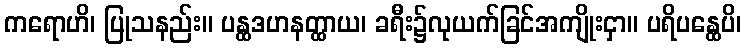
ကရောဟိ၊ ပြုသနည်း။ ပန္ထဒဟနတ္ထာယ၊ ခရီး၌လုယက်ခြင်အကျိုးငှာ။ ပရိပန္ထေပိ၊